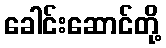
ခေါင်းဆောင်တို့